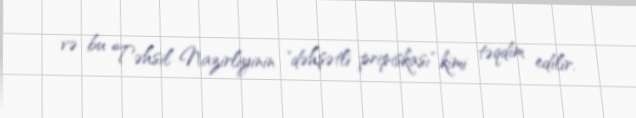
və bu Təhsil Nazirliyinin "dəhşətli pripiskası" kimi təqdim edilir.